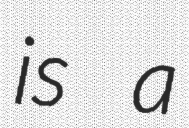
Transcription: is a